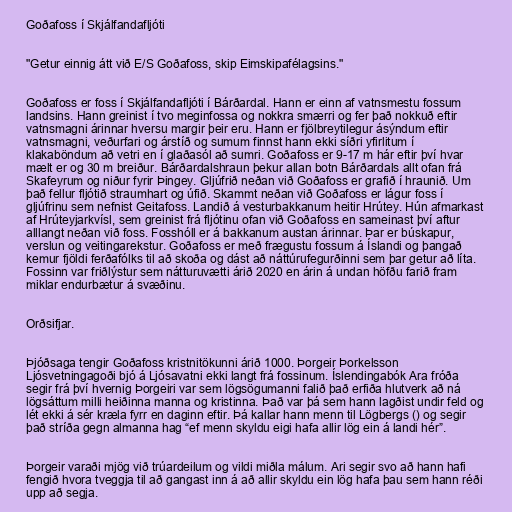
Goðafoss í Skjálfandafljóti

"Getur einnig átt við E/S Goðafoss, skip Eimskipafélagsins."

Goðafoss er foss í Skjálfandafljóti í Bárðardal. Hann er einn af vatnsmestu fossum
landsins. Hann greinist í tvo meginfossa og nokkra smærri og fer það nokkuð eftir
vatnsmagni árinnar hversu margir þeir eru. Hann er fjölbreytilegur ásýndum eftir
vatnsmagni, veðurfari og árstíð og sumum finnst hann ekki síðri yfirlitum í
klakaböndum að vetri en í glaðasól að sumri. Goðafoss er 9-17 m hár eftir því hvar
mælt er og 30 m breiður. Bárðardalshraun þekur allan botn Bárðardals allt ofan frá
Skafeyrum og niður fyrir Þingey. Gljúfrið neðan við Goðafoss er grafið í hraunið. Um
það fellur fljótið straumhart og úfið. Skammt neðan við Goðafoss er lágur foss í
gljúfrinu sem nefnist Geitafoss. Landið á vesturbakkanum heitir Hrútey. Hún afmarkast
af Hrúteyjarkvísl, sem greinist frá fljótinu ofan við Goðafoss en sameinast því aftur
alllangt neðan við foss. Fosshóll er á bakkanum austan árinnar. Þar er búskapur,
verslun og veitingarekstur. Goðafoss er með frægustu fossum á Íslandi og þangað
kemur fjöldi ferðafólks til að skoða og dást að náttúrufegurðinni sem þar getur að líta.
Fossinn var friðlýstur sem nátturuvætti árið 2020 en árin á undan höfðu farið fram
miklar endurbætur á svæðinu.

Orðsifjar.

Þjóðsaga tengir Goðafoss kristnitökunni árið 1000. Þorgeir Þorkelsson
Ljósvetningagoði bjó á Ljósavatni ekki langt frá fossinum. Íslendingabók Ara fróða
segir frá því hvernig Þorgeiri var sem lögsögumanni falið það erfiða hlutverk að ná
lögsáttum milli heiðinna manna og kristinna. Það var þá sem hann lagðist undir feld og
lét ekki á sér kræla fyrr en daginn eftir. Þá kallar hann menn til Lögbergs () og segir
það stríða gegn almanna hag “ef menn skyldu eigi hafa allir lög ein á landi hér”.

Þorgeir varaði mjög við trúardeilum og vildi miðla málum. Ari segir svo að hann hafi
fengið hvora tveggja til að gangast inn á að allir skyldu ein lög hafa þau sem hann réði
upp að segja.